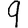
Digit: 9